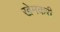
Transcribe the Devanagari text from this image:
खेमकरी